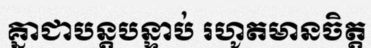
គ្នាជាបន្តបន្ទាប់ រហូតមានចិត្ត